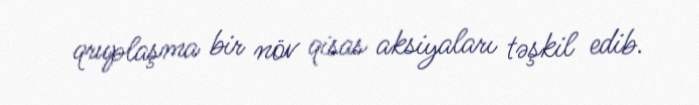
qruplaşma bir növ qisas aksiyaları təşkil edib.